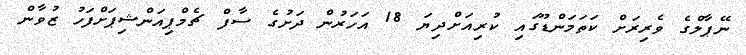
ނޭޕާލްގެ ވެރިރަށް ކަތަމަންޑޫގައި ކުރިއަށްދިޔަ 18 އަހަރުން ދަށުގެ ސާފް ޗެމްޕިއަންޝިޕަށްފަހު ޒުވާން